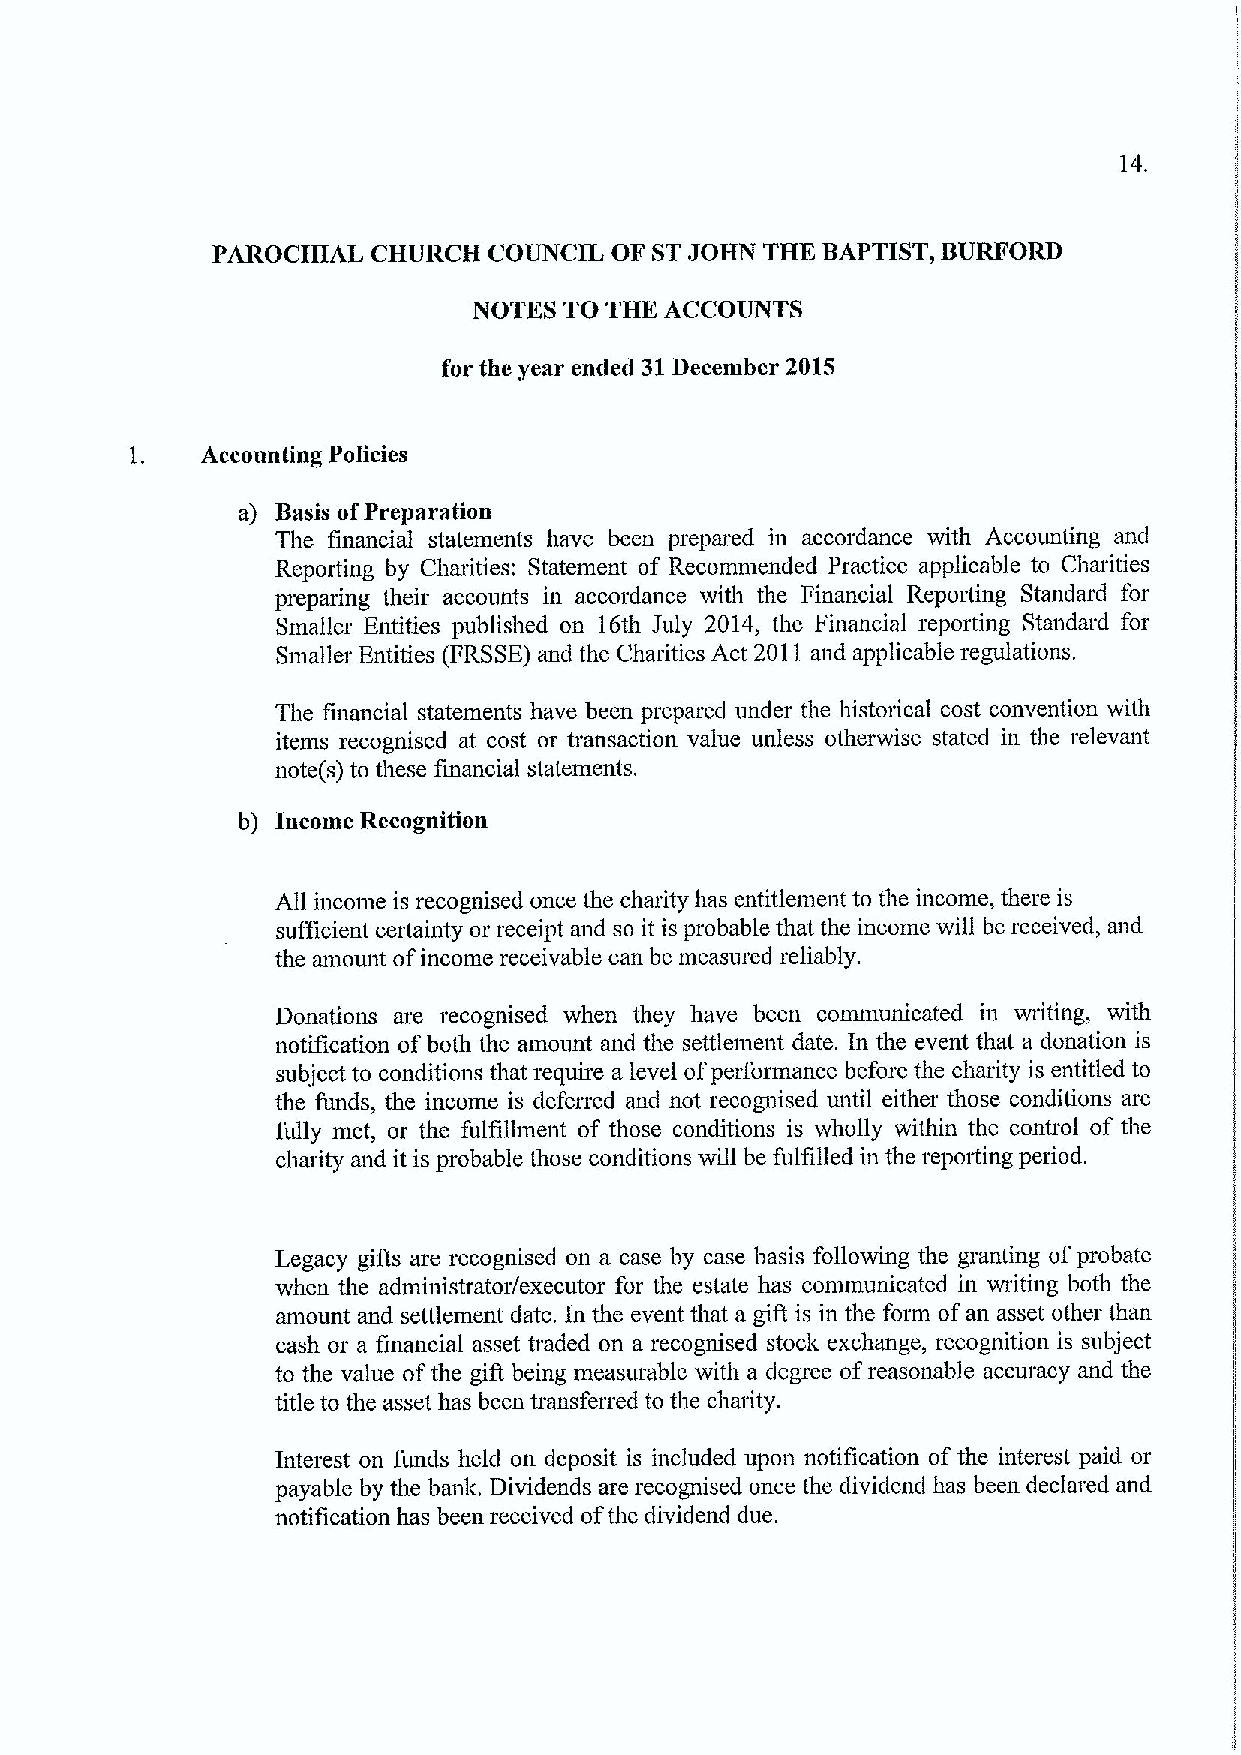
14.
 PAROCHIAL  CHURCH COUNCIL OF STJOHN THE BAPTIST, BURFORD
 NOTES TO THE ACCOUNTS
 for the year ended 31December 2015
 Accounting Policies
 a) Basis ofPreparation
 The financial statements have been prepared in accordance with Accounting and
 Reporting by Charities; Statement of Recommended Practice applicable to Charities
 preparing their accounts in accordance with the Financial Reporting Standard for
 Smaller Entities published on 16th July 2014, the Financial reporting Standard for
 Smaller Entities (FRSSE)and the Charities Act 2011 and applicable regulations.
 The financial statements have been prepared under the historical cost convention with
 items recognised at cost or transaction value unless otherwise stated in the relevant
 note(s) to these financial statements.
 b) Income Recognition
 All income is recognised once the charity has entitlement to the income, there is
 sufficient ceitainty or receipt and so it is probable that the income will be received, and
 the amount ofincome receivable can be measured reliably.
 Donations are recognised when they have been communicated in writing, with
 notification ofboth the amount and the settlement date. In the event that a donation is
 subject to conditions that require a level ofperformance before the charity is entitled to
 the funds, the income is deferred and not recognised until either those conditions are
 fully met, or the fulfillment of those conditions is wholly within the control of the
 charity and it is probable those conditions will be fulfilled in the reporting period.
 Legacy gifts are recognised on a case by case basis following the granting ofprobate
 when the administrator/executor for the estate has communicated in writing both the
 amount and settlement date. In the event that a gift is in the form ofan asset other than
 cash or a financial asset traded on a recognised stock exchange, recognition is subject
 to the value ofthe gift being measurable with a degree ofreasonable accuracy and the
 title to the asset has been transferred to the charity.
 Interest on funds held on deposit is included upon notification ofthe interest paid or
 payable by the banl&, Dividends are recognised once the dividend has been declared and
 notification has been received ofthe dividend due.